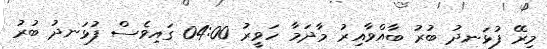
މިރޭ ފުޅަނދު ބުރު ބާއްވާއިރު މާދަމާ ހަވީރު 04:00 ގައިވެސް ފުޅަނދު ބުރު